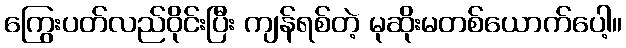
ကြွေးပတ်လည်ဝိုင်းပြီး ကျန်ရစ်တဲ့ မုဆိုးမတစ်ယောက်ပေါ့။